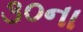
૩૦ના